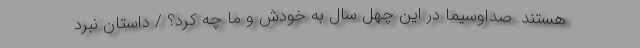
هستند. صداوسیما در این چهل سال به خودش و ما چه کرد؟ / داستان نبرد